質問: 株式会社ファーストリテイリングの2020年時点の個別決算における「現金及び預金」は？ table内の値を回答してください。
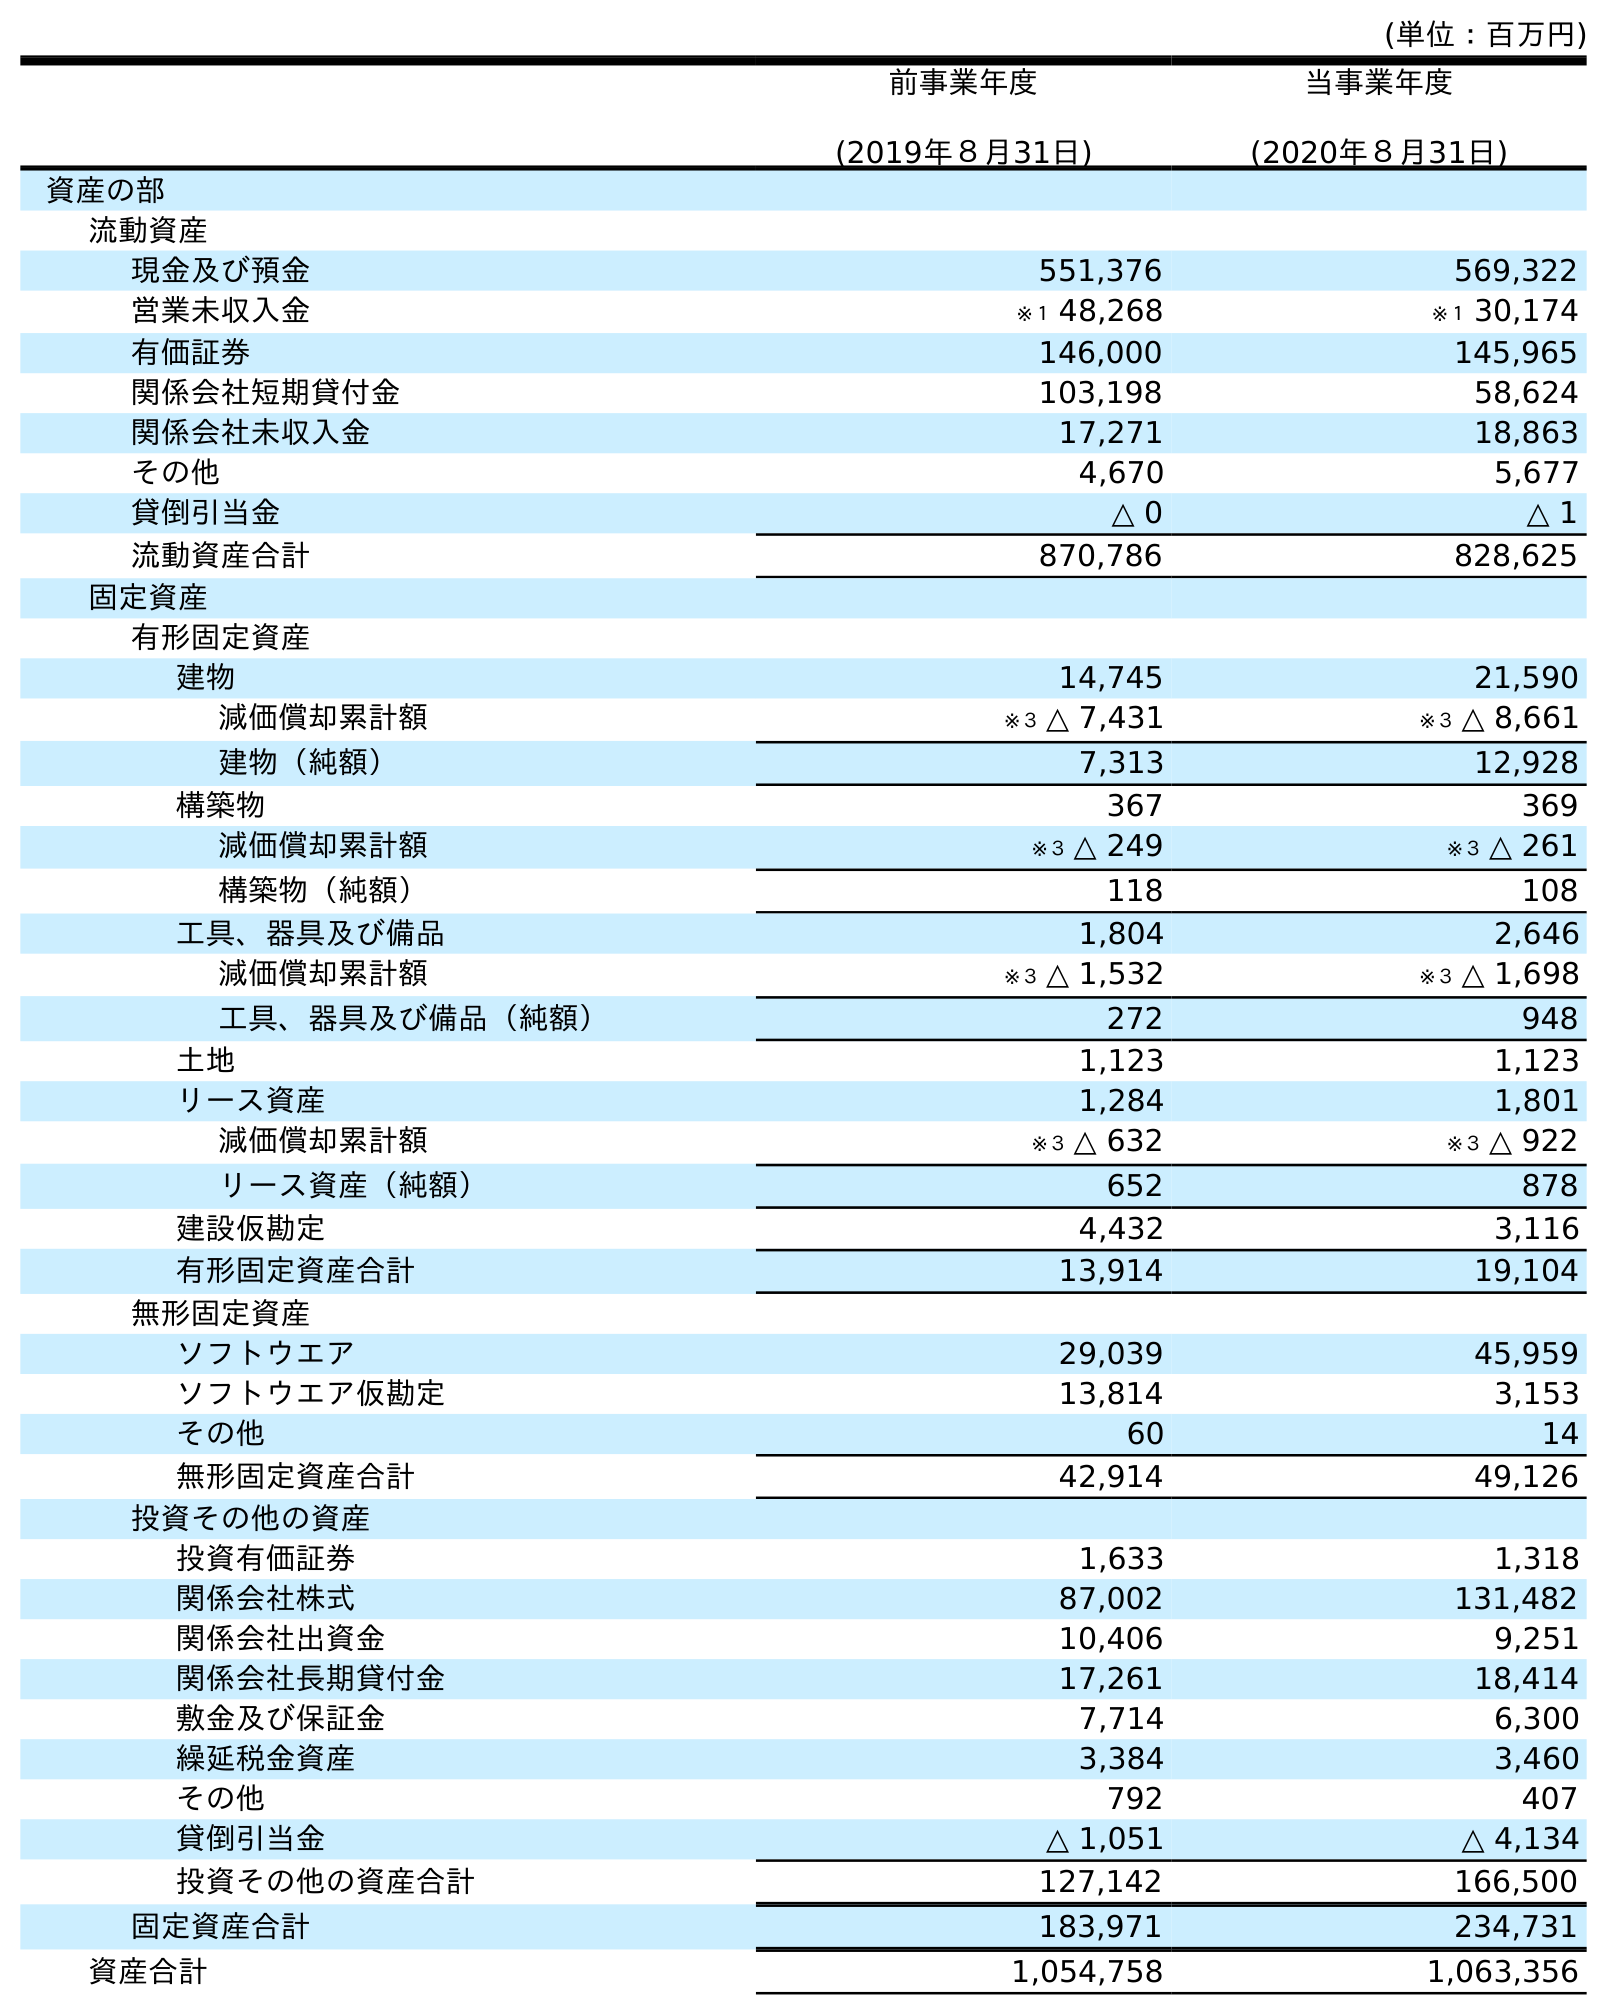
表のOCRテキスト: (単位：百万円) 前事業年度 (2019年８月31日) 当事業年度 (2020年８月31日) 資産の部 流動資産 現金及び預金 551,376 569,322 営業未収入金 ※１ 48,268 ※１ 30,174 有価証券 146,000 145,965 関係会社短期貸付金 103,198 58,624 関係会社未収入金 17,271 18,863 その他 4,670 5,677 貸倒引当金 △ 0 △ 1 流動資産合計 870,786 828,625 固定資産 有形固定資産 建物 14,745 21,590 減価償却累計額 ※３ △ 7,431 ※３ △ 8,661 建物（純額） 7,313 12,928 構築物 367 369 減価償却累計額 ※３ △ 249 ※３ △ 261 構築物（純額） 118 108 工具、器具及び備品 1,804 2,646 減価償却累計額 ※３ △ 1,532 ※３ △ 1,698 工具、器具及び備品（純額） 272 948 土地 1,123 1,123 リース資産 1,284 1,801 減価償却累計額 ※３ △ 632 ※３ △ 922 リース資産（純額） 652 878 建設仮勘定 4,432 3,116 有形固定資産合計 13,914 19,104 無形固定資産 ソフトウエア 29,039 45,959 ソフトウエア仮勘定 13,814 3,153 その他 60 14 無形固定資産合計 42,914 49,126 投資その他の資産 投資有価証券 1,633 1,318 関係会社株式 87,002 131,482 関係会社出資金 10,406 9,251 関係会社長期貸付金 17,261 18,414 敷金及び保証金 7,714 6,300 繰延税金資産 3,384 3,460 その他 792 407 貸倒引当金 △ 1,051 △ 4,134 投資その他の資産合計 127,142 166,500 固定資産合計 183,971 234,731 資産合計 1,054,758 1,063,356
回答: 569,322